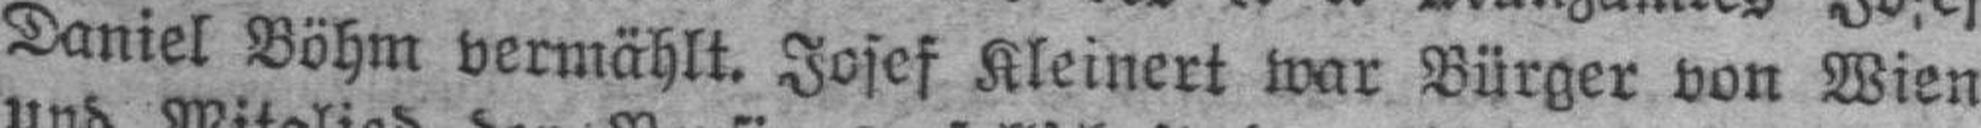
Daniel Böhm vermählt. Josef Kleinert war Bürger von Wien